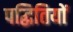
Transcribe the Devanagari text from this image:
पद्धितियों